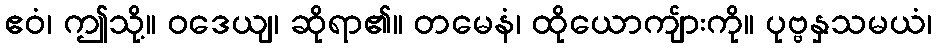
ဧဝံ၊ ဤသို့။ ဝဒေယျ၊ ဆိုရာ၏။ တမေနံ၊ ထိုယောကျ်ားကို။ ပုဗ္ဗနှသမယံ၊